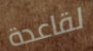
لقاعدة